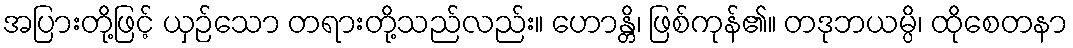
အပြားတို့ဖြင့် ယှဉ်သော တရားတို့သည်လည်း။ ဟောန္တိ၊ ဖြစ်ကုန်၏။ တဒုဘယမ္ပိ၊ ထိုစေတနာ